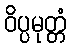
ဝိပ္ပမုတ္တံ